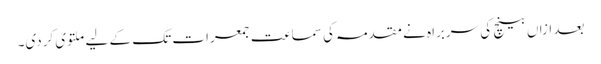
بعد ازاں بینچ کی سربراہ نے مقدمہ کی سماعت جمعرات تک کے لیے ملتوی کردی۔